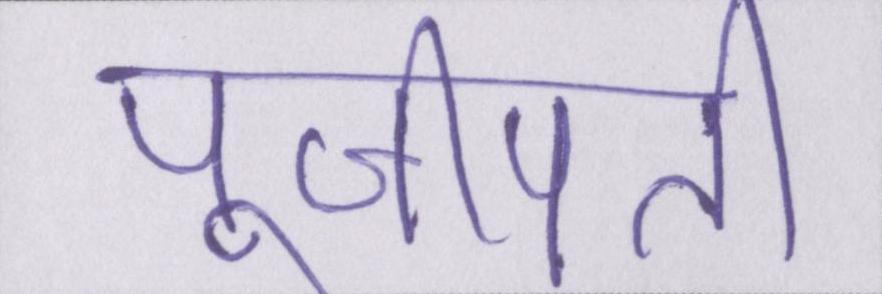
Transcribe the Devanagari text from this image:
पूजीपति